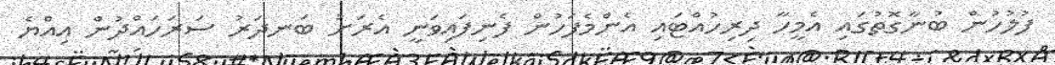
ފުލުހުން ބުނާގޮތުގައި އެމީހާ ދިރިހުއްޓައި އެންމެފަހުން ފެނިފައިވަނީ އެރަށު ބަނދަރު ސަރަހައްދުން އިއްޔެ